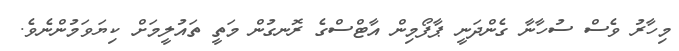
މިހާރު ވެސް ސުހާނާ ގެންދަނީ ޕާފޯމިން އާޓްސްގެ ރޮނގުން މަތީ ތައުލީމަށް ކިޔަވަމުންނެވެ.